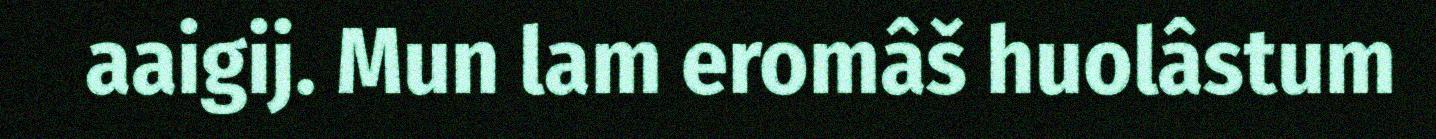
aaigij. Mun lam eromâš huolâstum